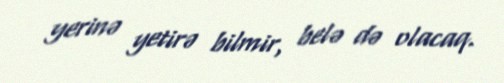
yerinə yetirə bilmir, belə də olacaq.